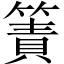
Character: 簀